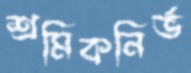
শ্রমিকনির্ভ